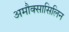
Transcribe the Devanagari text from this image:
अमौक्सासिलिन